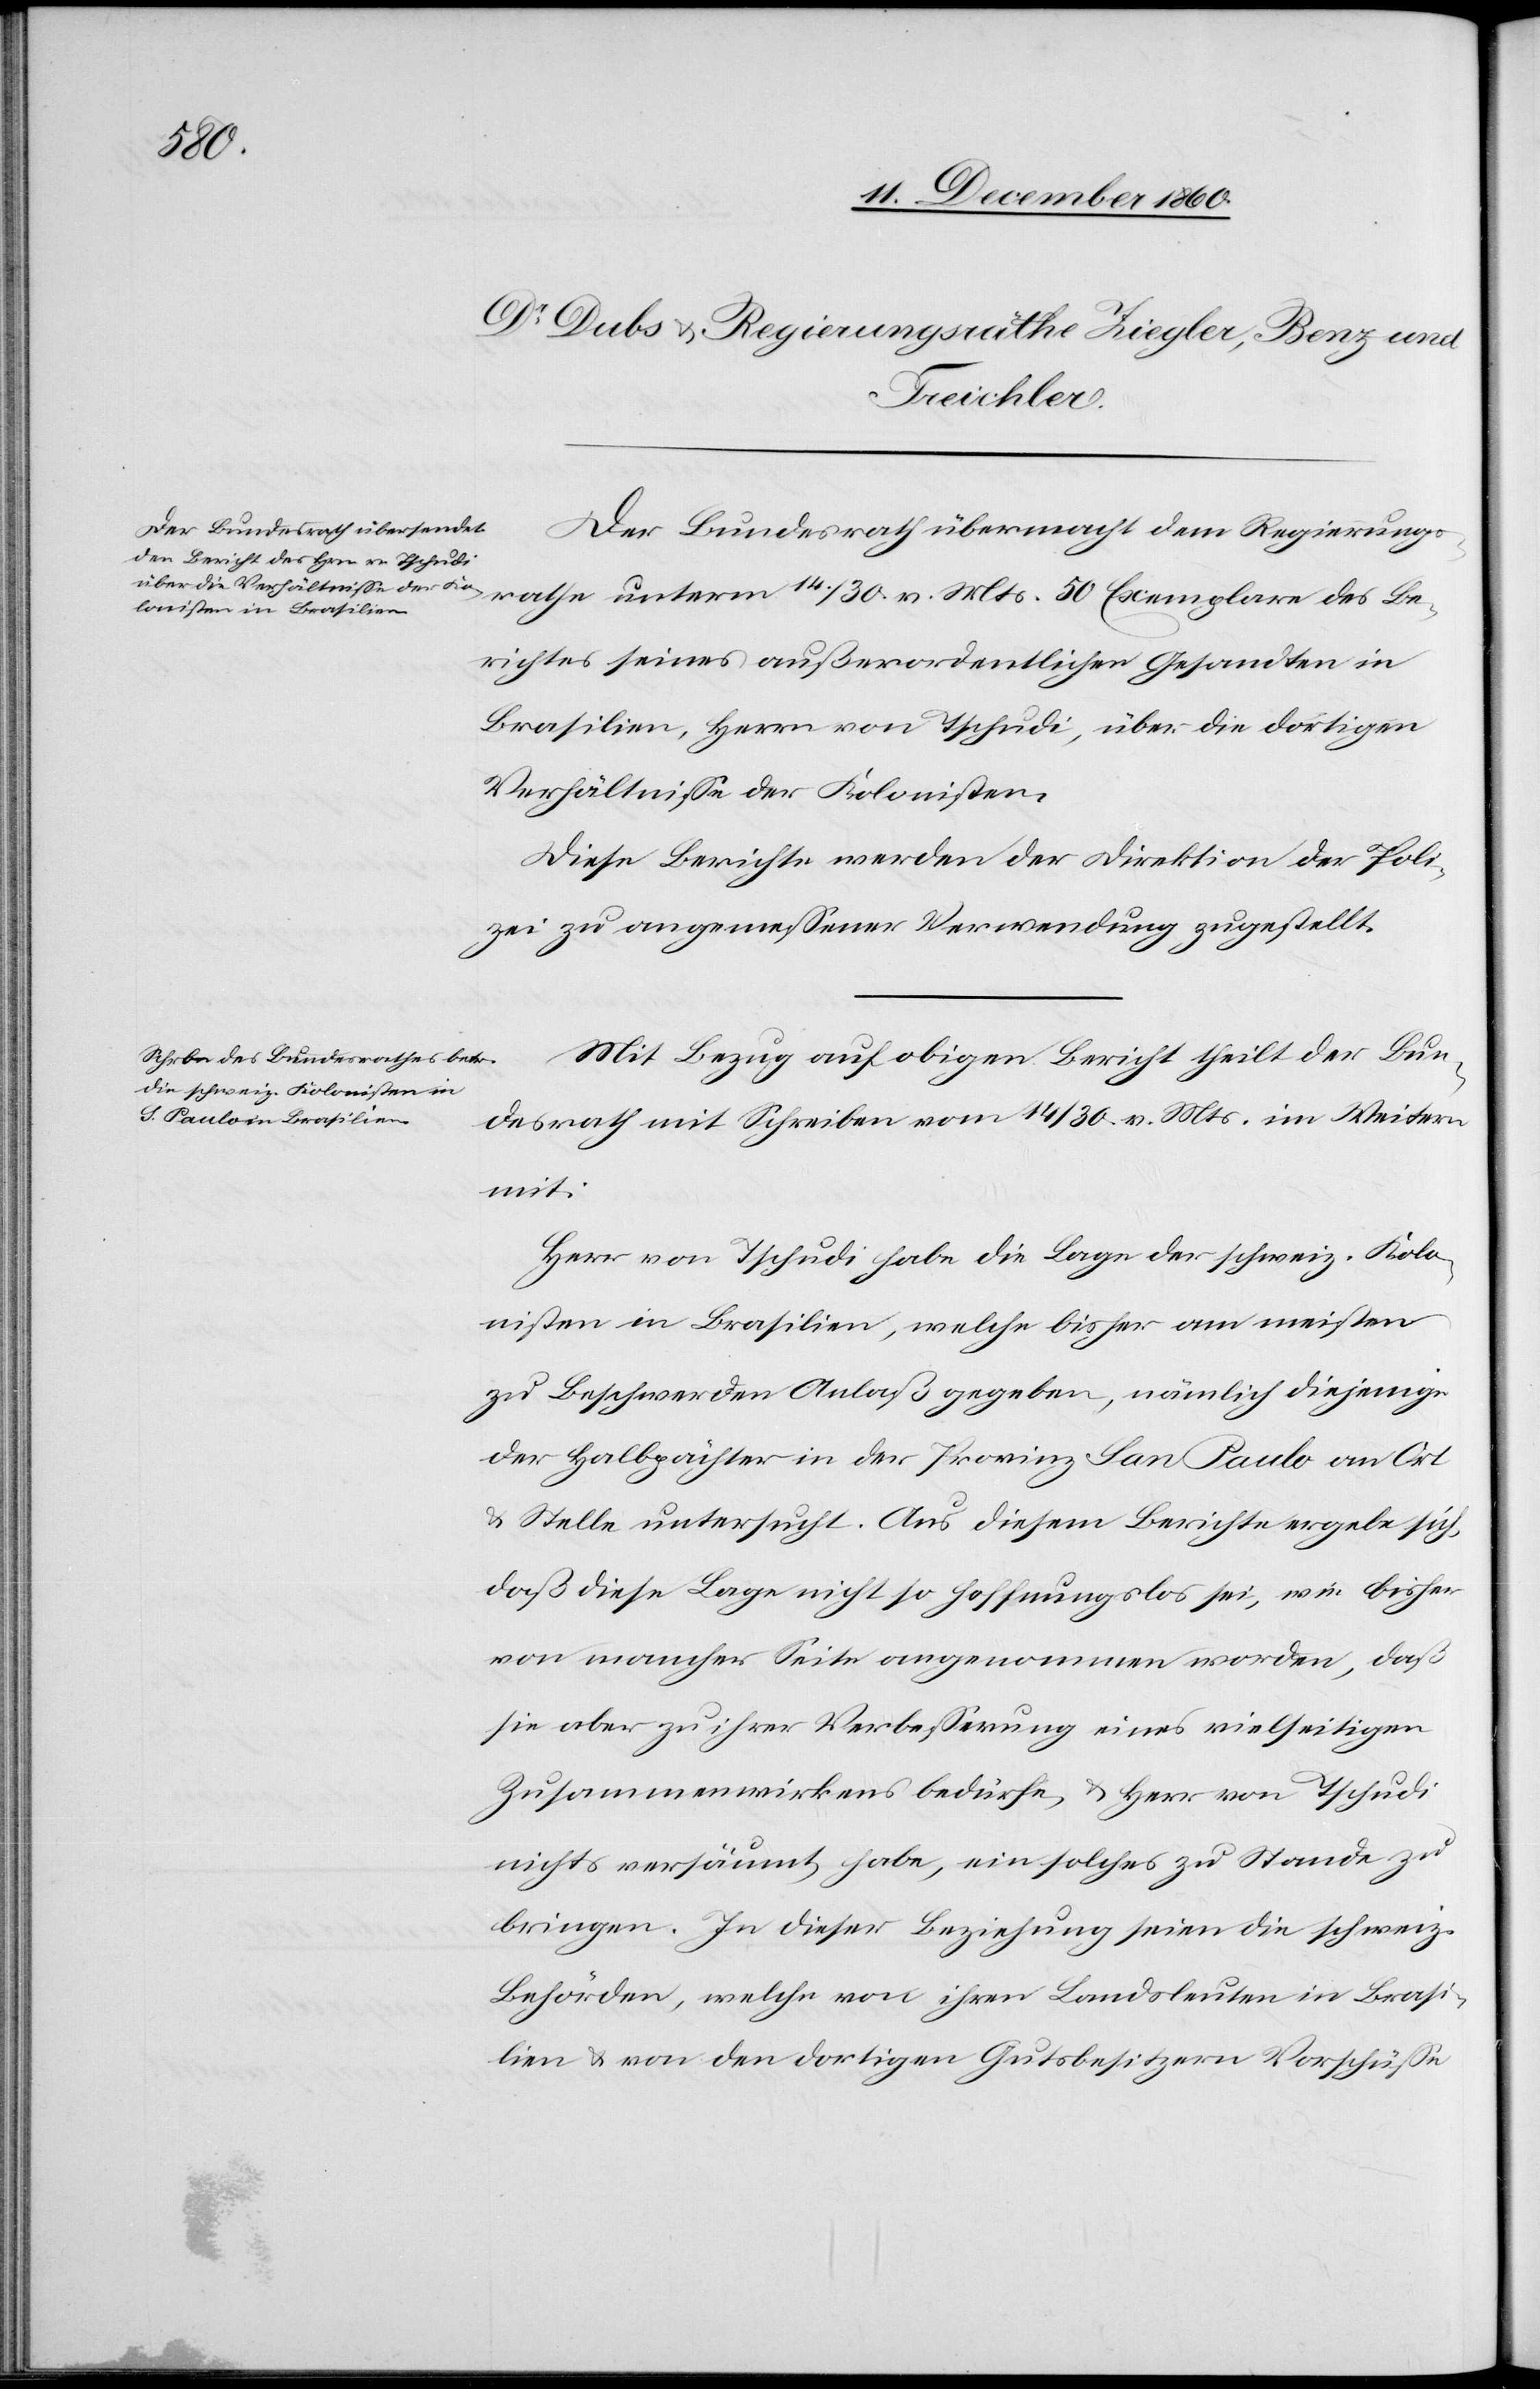
v. Mts.
Der Bundesrath übermacht dem Regierungs¬
Berichtes seines außerordentlichen Gesandten in
Brasilien, Herrn von Tschudi, über die dortigen
Verhältnisse der Kolonisten.
Diese Berichte werden der Direktion der Poli¬
zei zu angemessener Verwendung zugestellt.
Mit Bezug auf obigen Bericht theilt der Bun¬
desrath mit Schreiben vom 14/30. v. Mts. im Weitern
mit:
Herr von Tschudi habe die Lage der schweiz. Kolo¬
nisten in Brasilien, welche bisher am meisten
zu Beschwerden Anlaß gegeben, nämlich diejenige
der Halbpächter in der Provinz San Paulo an Ort
u. Stelle untersucht. Aus diesem Berichte ergebe sich,
daß diese Lage nicht so hoffnungslos sei, wie bisher
von mancher Seite angenommen worden, daß
sie aber zu ihrer Verbesserung eines vielseitigen
Zusammenwirkens berufe u. Herr von Tschudi
nicht versäumt habe, ein solches zu Stande zu
bringen. In dieser Beziehung seien die schweiz.
Behörden, welche von ihren Landsleuten in Brasi¬
lien u. von den dortigen Gutsbesitzern Vorschüsse